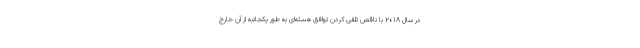
در سال ۲۰۱۸ با ناقص تلقی کردن توافق هسته‌ای به طور یکجانبه از آن خارج